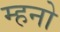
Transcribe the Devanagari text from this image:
म्हनो